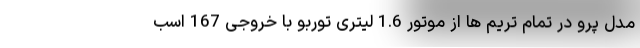
مدل پرو در تمام تریم ها از موتور 1.6 لیتری توربو با خروجی 167 اسب